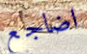
اضاجع